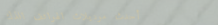
أحدث موديلات الهواتف الذك